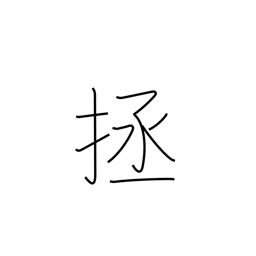
Meaning: help